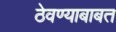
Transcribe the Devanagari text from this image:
ठेवण्याबाबत